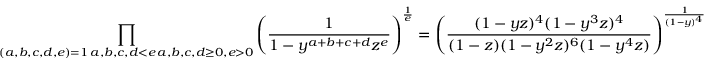
\prod _ { \substack { ( a , b , c , d , e ) = 1 \, a , b , c , d < e \, a , b , c , d \geq 0 , e > 0 } } \left( \frac { 1 } { 1 - y ^ { a + b + c + d } z ^ { e } } \right) ^ { \frac { 1 } { e } } = \left( \frac { ( 1 - y z ) ^ { 4 } ( 1 - y ^ { 3 } z ) ^ { 4 } } { ( 1 - z ) ( 1 - y ^ { 2 } z ) ^ { 6 } ( 1 - y ^ { 4 } z ) } \right) ^ { \frac { 1 } { ( 1 - y ) ^ { 4 } } }